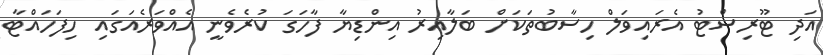
އަދި ޓޫރިސްޓު އެރައިވަލް ހިސާބުތަކަށް ބަލާއިރު އިންޑިޔާ ފާހަގަ ކުރެވެނީ އެއްވަރެއަގައި ހިފަހައްޓާ